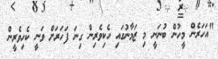
"އަހަރެން މީހުން ބުނަނީ މި ޒަމާނުގައި ހެކިވެރިން ގިނަ ފަހަރަށް ވަނީ ކެހިވެރީން